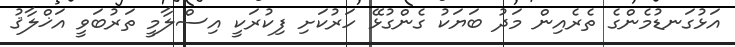
އަޅުގަނޑުމެންގެ ތެރެއިން މަދު ބަޔަކު ގެންގުޅޭ ހަރުކަށި ފިކުރަކީ އިސްލާމީ ތަރުބަވީ އަޚްލާޤު